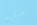
الصفيح